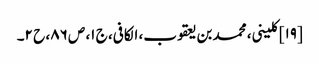
[۱۹] کلینی، محمد بن یعقوب، الکافی، ج ۱، ص ۸۶، ح ۲۔